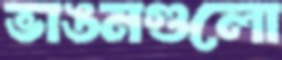
ভাঙনগুলো